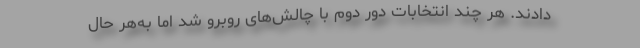
دادند. هر چند انتخابات دور دوم با چالش‌های روبرو شد اما به‌هر حال